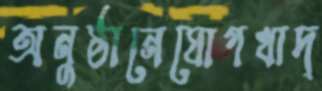
অনুষ্ঠানেযোগখাদ্